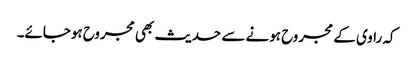
کہ راوی کے مجروح ہونے سے حدیث بھی مجروح ہوجائے۔